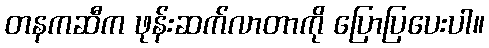
တနကဆီက ဖုန်းဆက်လာတာကို ပြောပြပေးပါ။